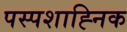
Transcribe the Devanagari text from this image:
पस्पशाह्निक